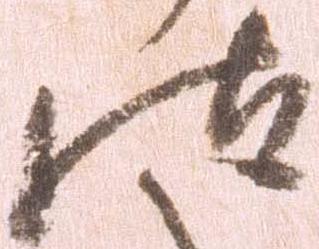
汰